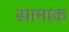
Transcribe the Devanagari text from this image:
सामाक